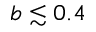
b \lesssim 0 . 4